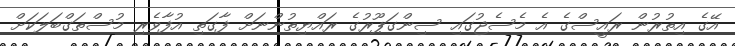
އޭގެ އިތުރުން ރައީސްގެ އެ މެސެޖުގައި ސިންގަޕޫރުގެ ރައްޔިތުންނަށް ފާގަތި އުފާވެރި މުސްތަގްބަލަކަށް